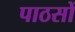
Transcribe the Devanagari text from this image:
पाठसों